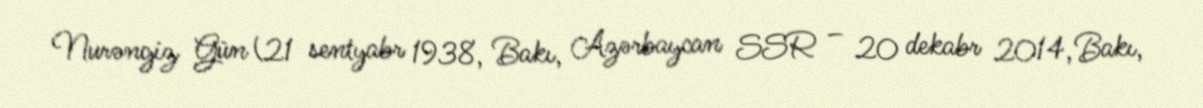
Nurəngiz Gün (21 sentyabr 1938, Bakı, Azərbaycan SSR – 20 dekabr 2014, Bakı,